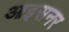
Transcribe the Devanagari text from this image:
आइसनर